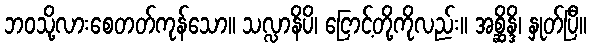
ဘဝသို့လားစေတတ်ကုန်သော။ သလ္လာနိပိ၊ ငြောင့်တို့ကိုလည်း။ အစ္ဆိန္ဒိ၊ နှုတ်ပြီ။